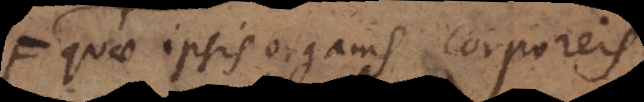
quae ipsis organis corporeis